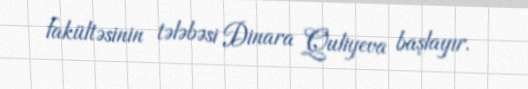
fakültəsinin tələbəsi Dinara Quliyeva başlayır.